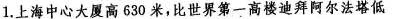
1.上海中心大厦高630米，比世界第一高楼迪拜阿尔法塔低